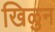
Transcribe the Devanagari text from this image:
खिळुन